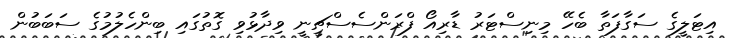
އިޓަލީގެ ސަގާފަތާ ބެހޭ މިނިސްޓަރު ޑާރިއޯ ފްރަންސެސްޗީނީ ވިދާޅުވި ގޮތުގައި ބިންހެލުމުގެ ސަބަބުން